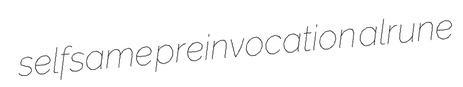
selfsame preinvocation alrune